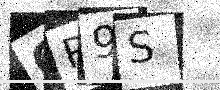
Text: QR9S